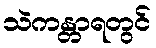
သဲကန္တာရတွင်